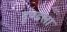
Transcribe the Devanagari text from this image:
टूण्‍डला